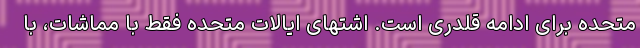
متحده برای ادامه قلدری است. اشتهای ایالات متحده فقط با مماشات، با